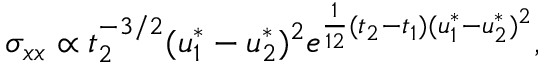
\sigma _ { x x } \propto t _ { 2 } ^ { - 3 / 2 } ( u _ { 1 } ^ { * } - u _ { 2 } ^ { * } ) ^ { 2 } e ^ { \frac { 1 } { 1 2 } ( t _ { 2 } - t _ { 1 } ) ( u _ { 1 } ^ { * } - u _ { 2 } ^ { * } ) ^ { 2 } } ,